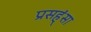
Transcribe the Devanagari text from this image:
प्रसह्ंसा